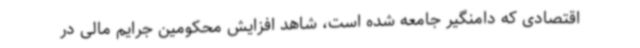
اقتصادی که دامنگیر جامعه شده است، شاهد افزایش محکومین جرایم مالی در